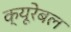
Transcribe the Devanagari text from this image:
क्यूरेबल